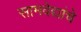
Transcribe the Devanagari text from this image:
सामवेद्यांचे